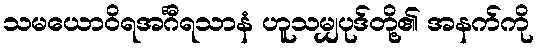
သမယောဝိရအင်္ဂီရသာနံ ဟူသမျှပုဒ်တို့၏ အနက်ကို